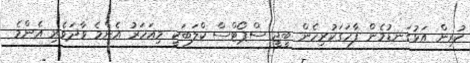
ކުރިން އަޅުގަނޑުމެން ފާހަގަކުރިހެން ބީޖީ ސްޕޯޓްސް ކްލަބަކީ މިއަހަރު އެންމެ ވާދަވެރި އެންމެ